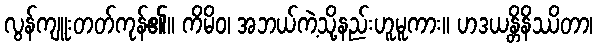
လွန်ကျူးတတ်ကုန်၏။ ကိမိဝ၊ အဘယ်ကဲ့သို့နည်းဟူမူကား။ ဟဒယန္တိနိဿိတာ၊